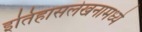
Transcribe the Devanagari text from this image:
इतिहासलेखनामध्ये